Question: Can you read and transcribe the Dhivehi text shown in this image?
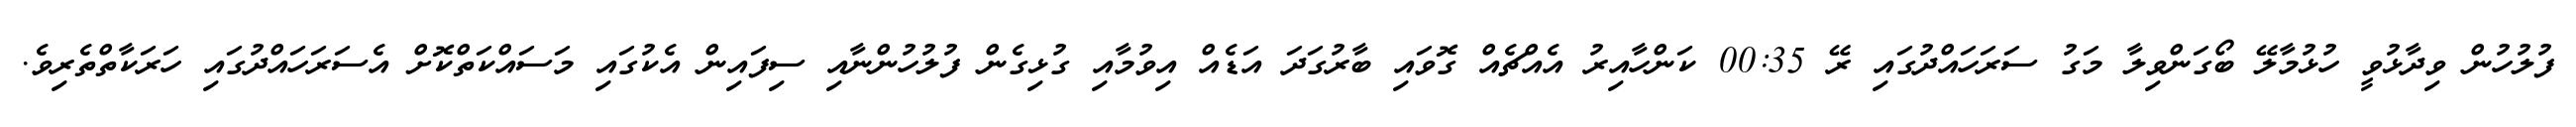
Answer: ފުލުހުން ވިދާޅުވީ ހުޅުމާލޭ ބޯގަންވިލާ މަގު ސަރަހައްދުގައި ރޭ 00:35 ކަންހާއިރު އެއްޗެއް ގޮވައި ބާރުގަދަ އަޑެއް އިވުމާއި ގުޅިގެން ފުލުހުންނާއި ސިފައިން އެކުގައި މަސައްކަތްކޮށް އެސަރަހައްދުގައި ހަރަކާތްތެރިވެ.